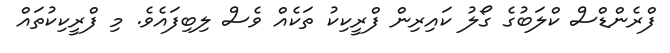
ފްރެންޑްސް ކްލަބުގެ ގޯލު ކައިރިން ފްރީކިކު ތަކެއް ވެސް ލިބިފައެވެ. މި ފްރީކިކުތައް